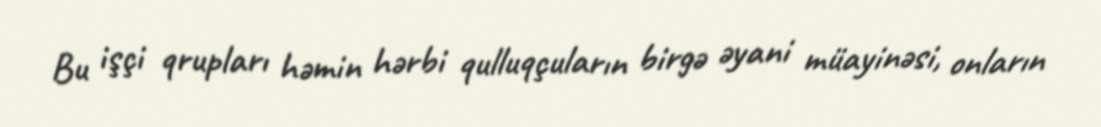
Bu işçi qrupları həmin hərbi qulluqçuların birgə əyani müayinəsi, onların